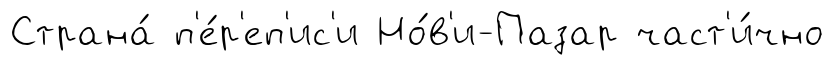
Страна́ п'е́р'еп'ис'и Но́в'и-Пазар част'и́чно